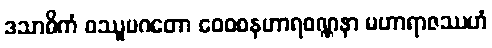
ဒသာဓိကံ ဝဿူပဂတော ဝေဝစနဟာရဝဏ္ဏနာ မဟာရာဇဿဟံ